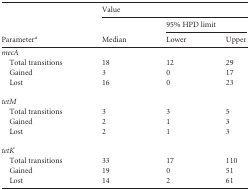
| <ROWSPAN=3> Parametera | <COLSPAN=3> Value |
 | <ROWSPAN=2> Median | <COLSPAN=2> 95% HPD limit |
 | Lower | Upper |
 | --- | --- | --- | --- |
 | mecA |  |  |  |
 | Total transitions | 18 | 12 | 29 |
 | Gained | 3 | 0 | 17 |
 | Lost | 16 | 0 | 23 |
 | tetM |  |  |  |
 | Total transitions | 3 | 3 | 5 |
 | Gained | 2 | 1 | 3 |
 | Lost | 2 | 1 | 3 |
 | tetK |  |  |  |
 | Total transitions | 33 | 17 | 110 |
 | Gained | 19 | 0 | 51 |
 | Lost | 14 | 2 | 61 |